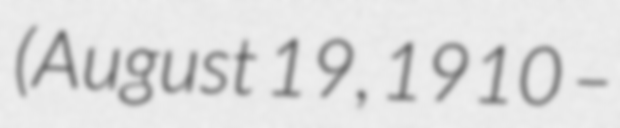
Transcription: (August 19, 1910 –